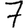
Digit: 7